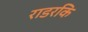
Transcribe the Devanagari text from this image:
राडरकि